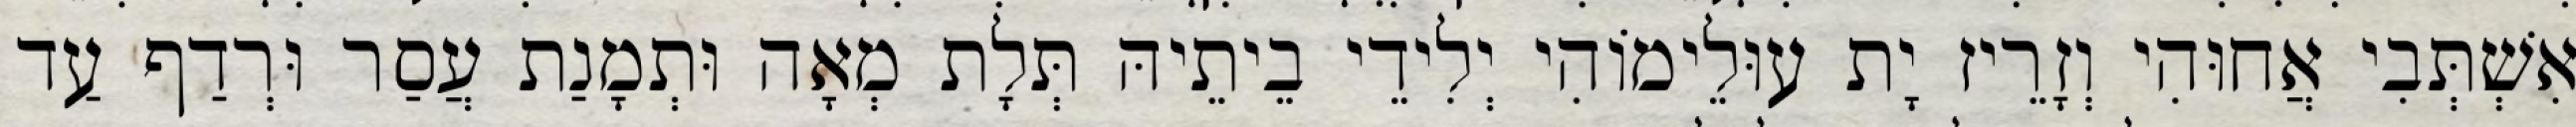
אִשְׁתְּבִי אֲחוּהִי וְזָרֵיז יָת עוּלֵימוֹהִי יְלִידֵי בֵיתֵיהּ תְּלָת מְאָה וּתְמָנַת עֲסַר וּרְדַף עַד